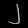
Digit: ၂